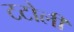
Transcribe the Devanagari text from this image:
टटोली